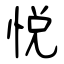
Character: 悦